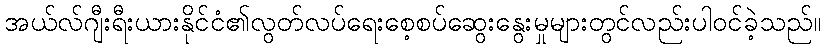
အယ်လ်ဂျီးရီးယားနိုင်ငံ၏လွတ်လပ်ရေးစေ့စပ်ဆွေးနွေးမှုများတွင်လည်းပါဝင်ခဲ့သည်။